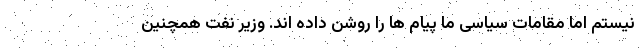
نیستم اما مقامات سیاسی ما پیام ها را روشن داده اند. وزیر نفت همچنین